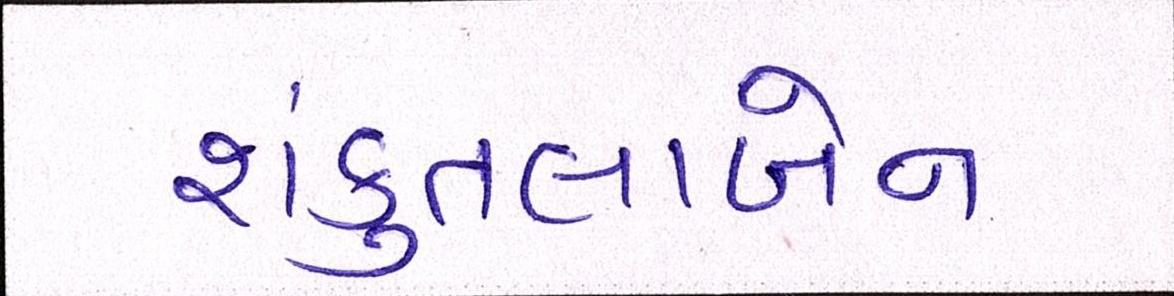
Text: શંકુતલાબેન